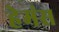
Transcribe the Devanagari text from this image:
हेमंस